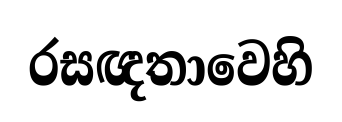
රසඥතාවෙහි